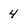
Character: 4